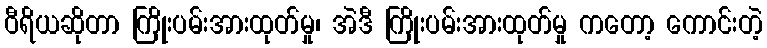
ဝီရိယဆိုတာ ကြိုးပမ်းအားထုတ်မှု၊ အဲဒီ ကြိုးပမ်းအားထုတ်မှု ကတော့ ကောင်းတဲ့